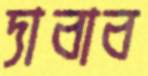
দাবাব